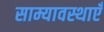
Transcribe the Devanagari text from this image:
साम्यावस्थाएँ